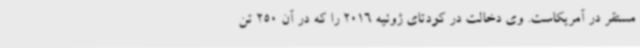
مستقر در آمریکاست. وی دخالت در کودتای ژوئیه 2016 را که در آن 250 تن